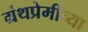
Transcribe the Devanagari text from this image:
ग्रंथप्रेमींच्या